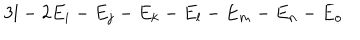
LaTeX: 3 l - 2 E _ { i } - E _ { j } - E _ { k } - E _ { l } - E _ { m } - E _ { n } - E _ { o }